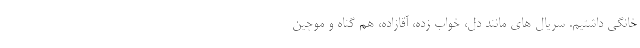
خانگی داشتیم. سریال های مانند دل، خواب زده، آقازاده، هم گناه و موچین